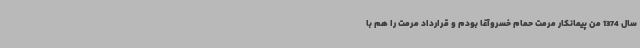
سال 1374 من پیمانکار مرمت حمام خسروآغا بودم و قرارداد مرمت را هم با